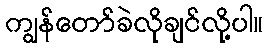
ကျွန်တော်ခဲလိုချင်လို့ပါ။